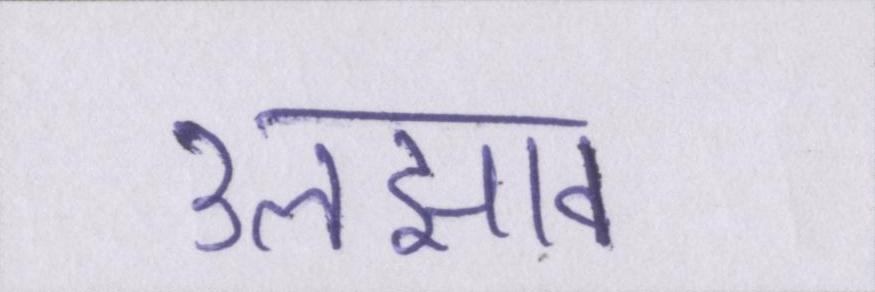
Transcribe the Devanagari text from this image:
उलझाव